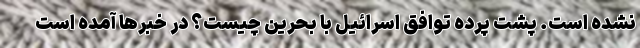
نشده است. پشت پرده توافق اسرائیل با بحرین چیست؟ در خبر‌ها آمده است